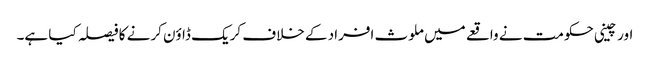
اورچینی حکومت نے واقعے میں ملوث افراد کے خلاف کریک ڈاوٴن کرنے کا فیصلہ کیا ہے۔